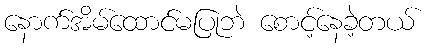
နောက်အိမ်ထောင်မပြုဘဲ စောင့်နေခဲ့တယ်